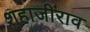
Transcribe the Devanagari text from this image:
शहाजीराव